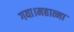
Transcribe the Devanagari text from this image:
गया।महात्मा